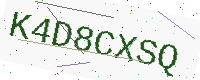
Text: K4D8CXSQ